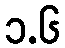
၁.၆